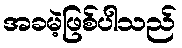
အခမဲ့ဖြစ်ပါသည်